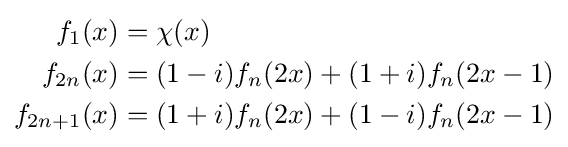
{\begin{alignedat}{2}f_{1}(x)&=\chi (x)\\f_{2n}(x)&=(1-i)f_{n}(2x)+(1+i)f_{n}(2x-1)\\f_{2n+1}(x)&=(1+i)f_{n}(2x)+(1-i)f_{n}(2x-1)\end{alignedat}}